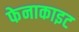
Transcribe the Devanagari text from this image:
फेनाकाइट